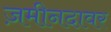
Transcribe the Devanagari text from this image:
ज़मीनदावर